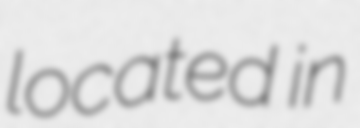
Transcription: located in